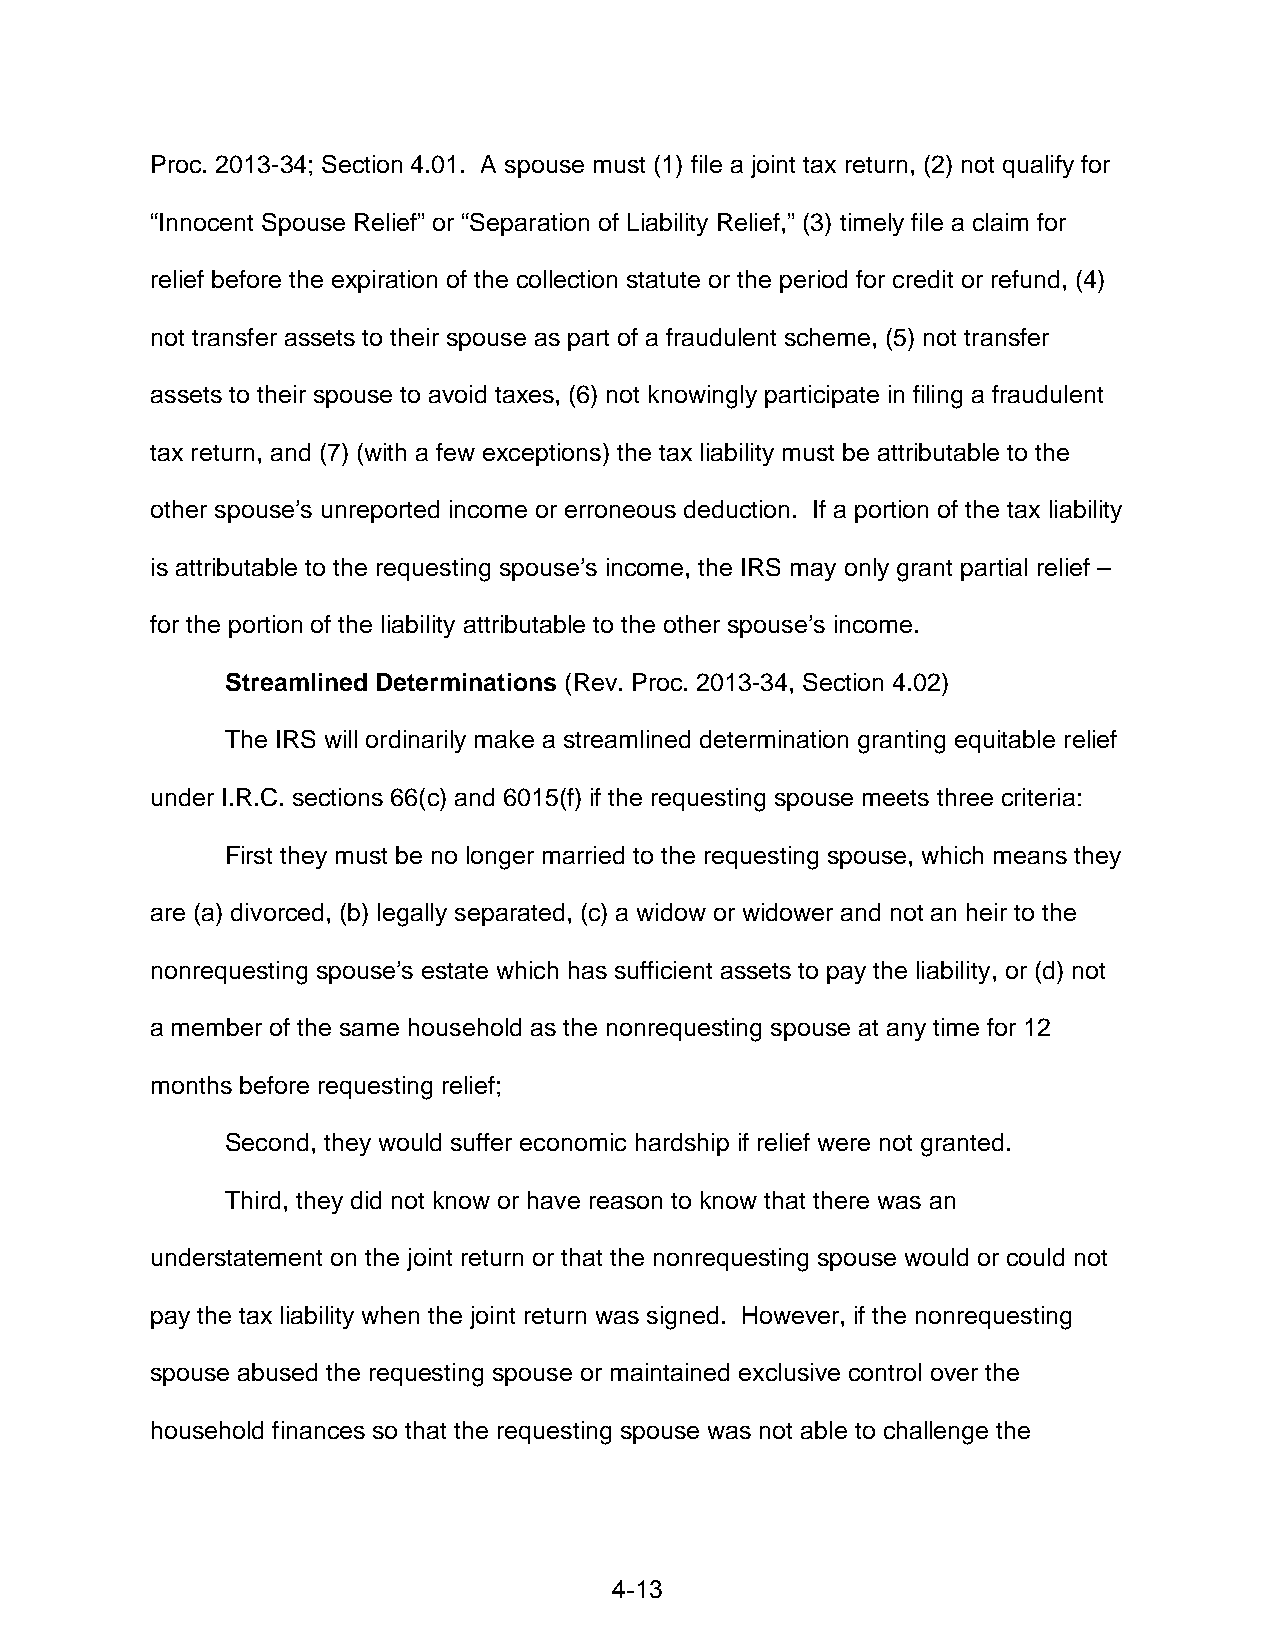
Proc. 2013-34; Section 4.01. A spouse must (1) file a joint tax return, (2) not qualify for
 “Innocent Spouse Relief” or “Separation of Liability Relief,” (3) timely file a claim for
 relief before the expiration of the collection statute or the period for credit or refund, (4)
 not transfer assets to their spouse as part of a fraudulent scheme, (5) not transfer
 assets to their spouse to avoid taxes, (6) not knowingly participate in filing a fraudulent
 tax return, and (7) (with a few exceptions) the tax liability must be attributable to the
 other spouse’s unreported income or erroneous deduction. If a portion of the tax liability
 is attributable to the requesting spouse’s income, the IRS may only grant partial relief –
 for the portion of the liability attributable to the other spouse’s income.
 Streamlined Determinations (Rev. Proc. 2013-34, Section 4.02)
 The IRS will ordinarily make a streamlined determination granting equitable relief
 under I.R.C. sections 66(c) and 6015(f) if the requesting spouse meets three criteria:
 First they must be no longer married to the requesting spouse, which means they
 are (a) divorced, (b) legally separated, (c) a widow or widower and not an heir to the
 nonrequesting spouse’s estate which has sufficient assets to pay the liability, or (d) not
 a member of the same household as the nonrequesting spouse at any time for 12
 months before requesting relief;
 Second, they would suffer economic hardship if relief were not granted.
 Third, they did not know or have reason to know that there was an
 understatement on the joint return or that the nonrequesting spouse would or could not
 pay the tax liability when the joint return was signed. However, if the nonrequesting
 spouse abused the requesting spouse or maintained exclusive control over the
 household finances so that the requesting spouse was not able to challenge the
 4-13